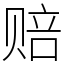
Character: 赔